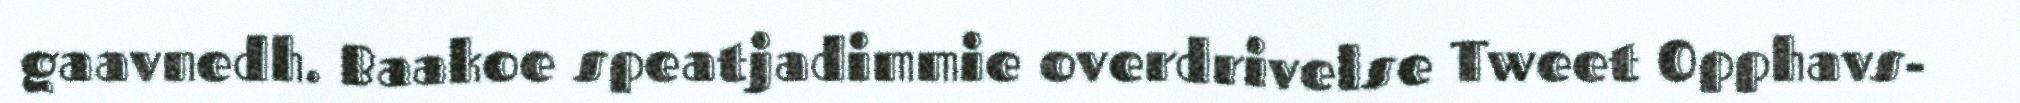
gaavnedh. Baakoe speatjadimmie overdrivelse Tweet Opphavs-